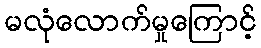
မလုံလောက်မှုကြောင့်